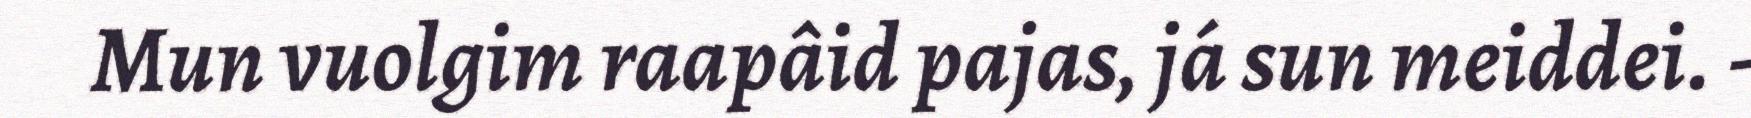
Mun vuolgim raapâid pajas, já sun meiddei. -